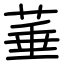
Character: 菙